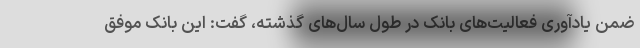
ضمن یادآوری فعالیت‌های بانک در طول سال‌های گذشته، گفت: این بانک موفق